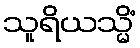
သူရိယသ္မိံ